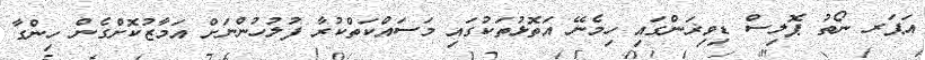
އަޕަރ ނޯތު ޕޮލިސް ޑިވިޜަންގައި ހިމެނޭ އަތޮޅުތަކުގައި މަސައްކަތްކުރާ ފުލުހުންނަށް އަމާޒުކޮށްގެން ހިންގާ